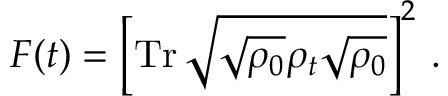
F ( t ) = \left[ \operatorname { T r } \sqrt { \sqrt { \rho _ { 0 } } \rho _ { t } \sqrt { \rho _ { 0 } } } \right] ^ { 2 } \, .